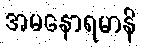
အမနောရမာနိ